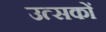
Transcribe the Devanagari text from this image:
उत्सकों